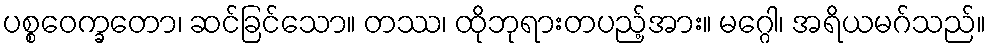
ပစ္စဝေက္ခတော၊ ဆင်ခြင်သော။ တဿ၊ ထိုဘုရားတပည့်အား။ မဂ္ဂေါ၊ အရိယမဂ်သည်။